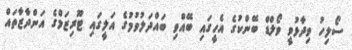
ސޯލިހު ވިދާޅުވީ ވޯލްޑް ބޭންކުގެ އެހީގައި ބޭއްވި ބައްދަލުވުމުގެ އަލީގައި ޓޫރިޒަމްގެ އަންދާޒާތައް